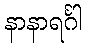
နာနာရင်္ဂါ